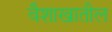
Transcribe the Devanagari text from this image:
वैशाखातील